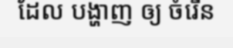
ដែល បង្ហាញ ឲ្យ ចំរើន